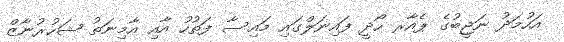
އަހުމަދު ނަޖީބުގެ ޕެއާރ ހޯދީ ފައިނަލްގައި މައިސާ ފަތުހު އާއި އާމިނަތު ޝަހުރުނާޒް